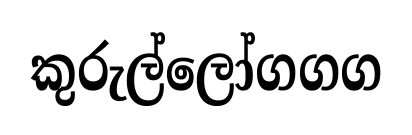
කුරුල්ලෝගගග